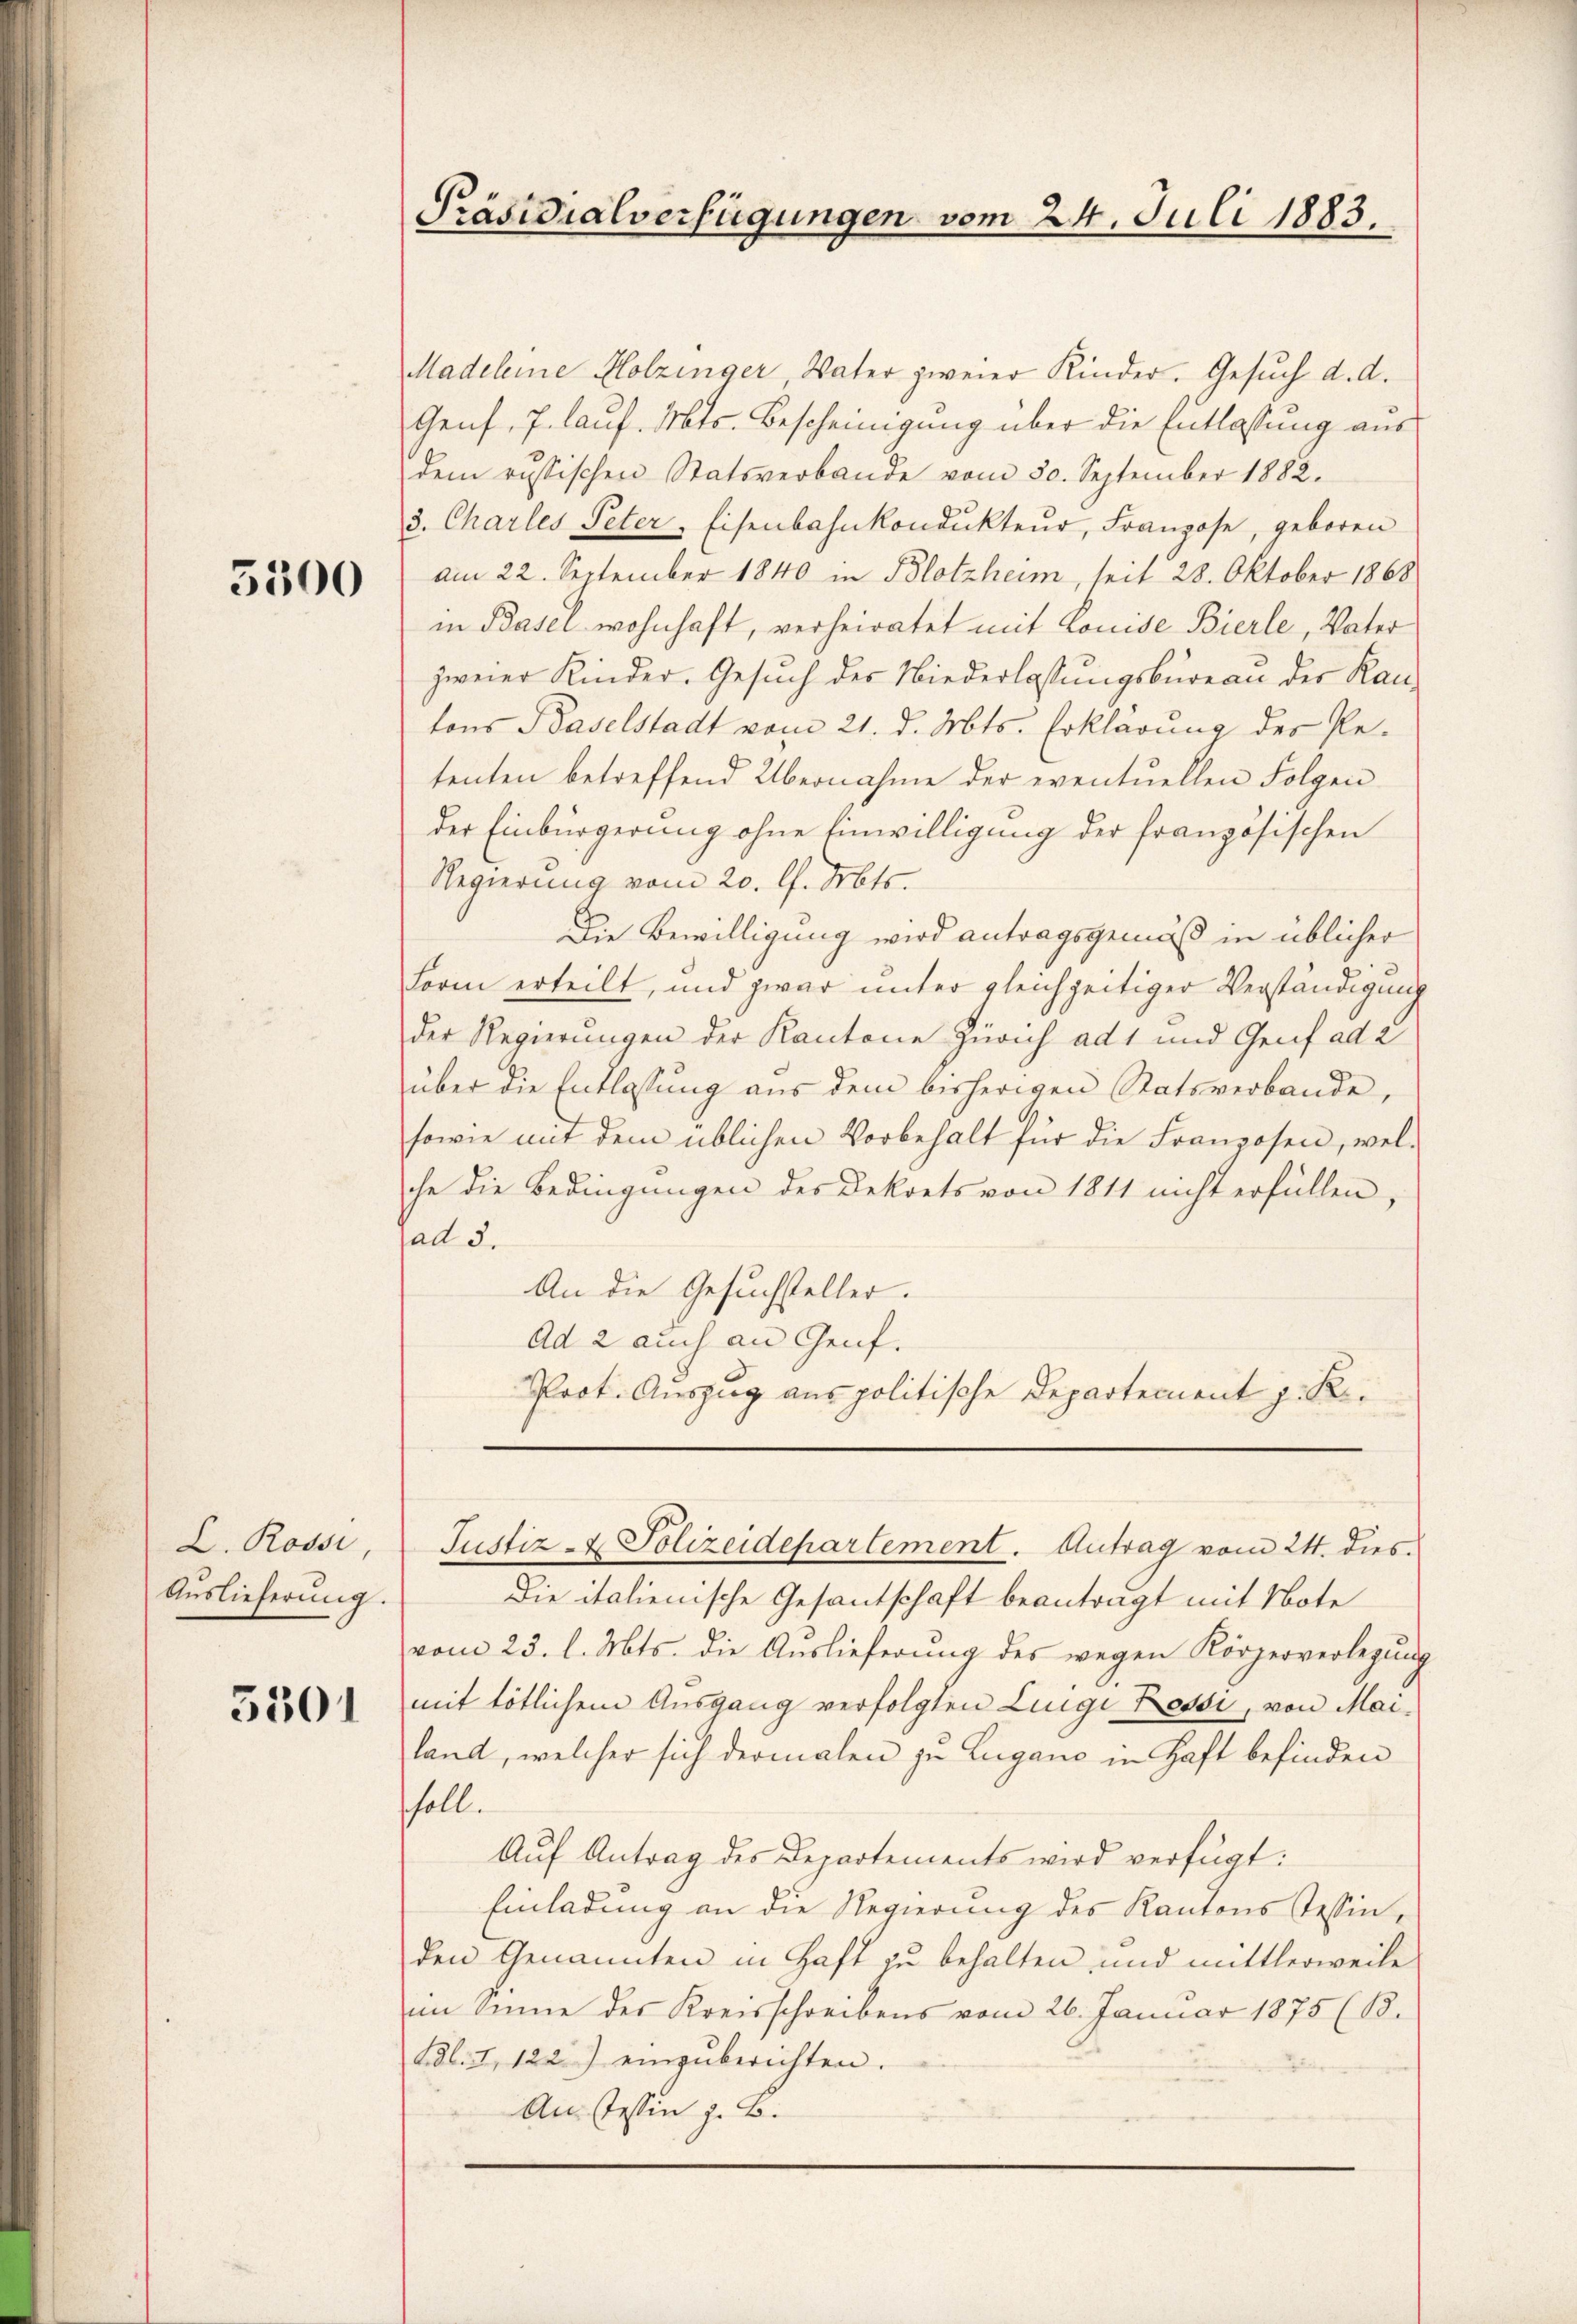
5500

L. Rossi,
Auslieferung.

5301

Präsidialverfügungen vom 24. Juli 1883.

Madeleine Holzinger Vater zweier Kinder. Gesuch d. d.
Genf, 7. lauf. Mts. Bescheinigung über die Entlassung aus
dem russischen Statsverbande vom 30. September 1882.
3. Charles Peter-Eisenbahnkondŭkteŭr, Franzose, geboren
am 22. September 1840 in Blotzheim, seit 28. Oktober 1868
in Basel wohnhaft, verheiratet mit Louise Bierle, Vater
zweier Kinder. Gesuch des Niederlassungsbureau der Rautons Baselstadt vom 21. d. Mts. Erklärung des Petenten betreffend Übernahme der eventuellen Folgender Einbürgerung ohne Einwilligung der französischen
Regierung vom 20. d. Mts.
Die Bewilligung wird antragsgemäß in üblicher
Form erteilt, und zwar unter gleichzeitiger Verständigung
der Regierungen der Kantone Zürich ad 1 und Genf ad 2
über die Entlassung aus dem bisherigen Statsverbande,
sowie mit dem üblichen Vorbehalt für die Franzosen, wel-
che die Bedingungen des Dekrets von 1811 nicht erfüllen,
ad 3.
An die Gesuchsteller.
Ad 2 auch an Genf.
Prot. Auszug aus politische Departement J. R.

Die italienische Gesantschaft beanträgt mit Note
vom 23. l. Mts. die Auslieferung des wegen Körperverlegung
mit tötlichem Ausgang verfolgten Luigi Cessi, von Mailand, welcher sich dermalen zu Lugano in Haft befinden
soll.
Auf Antrag des Departements wird verfügt:
Einladung an die Regierung des Kantons Tessin,
den Genannten in Haft zu behalten und mittlerweile
im Sinne des Kreisschreibens vom 26. Januar 1875 (B.
Bl. 1, 122) einzŭberichten.
Anstessen z. B.

Justiz- & Polizeidepartement. Antrag vom 24. dies